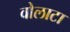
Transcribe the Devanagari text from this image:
वोलाटा